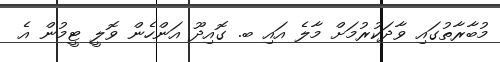
މުބާރާތުގައި ވާދަކުރުމަށް މާލެ އައި ބ. ގޮއިދޫ އަންހެން ވޮލީ ޓީމުން އެ